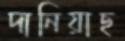
দানিয়াছ